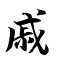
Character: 戚